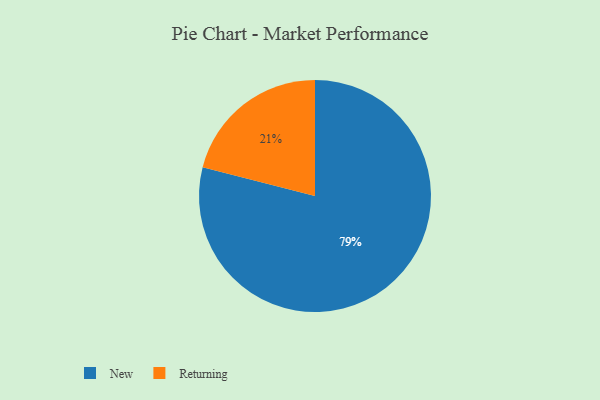
{"axis": {"x": "Category", "y": "Percentage"}, "legend": ["New", "Returning"], "data": [{"x": "Returning", "y": 21, "type": "Returning"}, {"x": "New", "y": 79, "type": "New"}]}